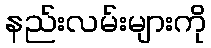
နည်းလမ်းများကို